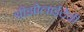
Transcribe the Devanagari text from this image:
श्रीझोलाईदेवी